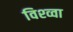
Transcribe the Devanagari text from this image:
विश्व्वा